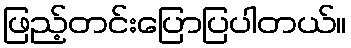
ဖြည့်တင်းပြောပြပါတယ်။